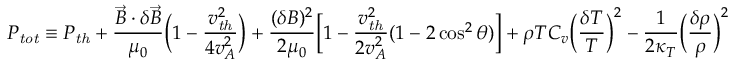
P _ { \mathit { t o t } } \equiv P _ { \mathit { t h } } + \frac { \vec { B } \cdot \delta \vec { B } } { \mu _ { 0 } } \Big ( 1 - \frac { v _ { \mathit { t h } } ^ { 2 } } { 4 v _ { A } ^ { 2 } } \Big ) + \frac { ( \delta B ) ^ { 2 } } { 2 \mu _ { 0 } } \Big [ 1 - \frac { v _ { \mathit { t h } } ^ { 2 } } { 2 v _ { A } ^ { 2 } } ( 1 - 2 \cos ^ { 2 } \theta ) \Big ] + \rho T C _ { v } \Big ( \frac { \delta T } { T } \Big ) ^ { 2 } - \frac { 1 } { 2 \kappa _ { T } } \Big ( \frac { \delta \rho } { \rho } \Big ) ^ { 2 }